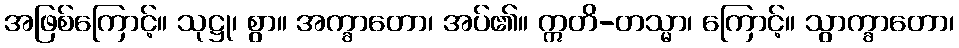
အဖြစ်ကြောင့်။ သုဋ္ဌု၊ စွာ။ အက္ခာတော၊ အပ်၏။ ဣတိ-တသ္မာ၊ ကြောင့်။ သွာက္ခာတော၊